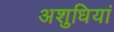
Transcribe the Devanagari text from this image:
अशुधियां